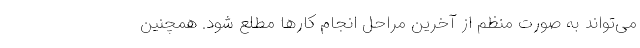
می‌تواند به صورت منظم از آخرین مراحل انجام کارها مطلع شود. همچنین